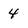
Character: 4